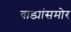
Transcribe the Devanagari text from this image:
वाड्यांसमोर